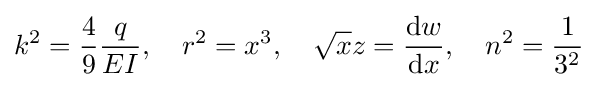
k^{2}={4 \over 9}{q \over EI},\quad r^{2}=x^{3},\quad {\sqrt {x}}z={\mathrm {d} w \over \mathrm {d} x},\quad n^{2}={1 \over 3^{2}}